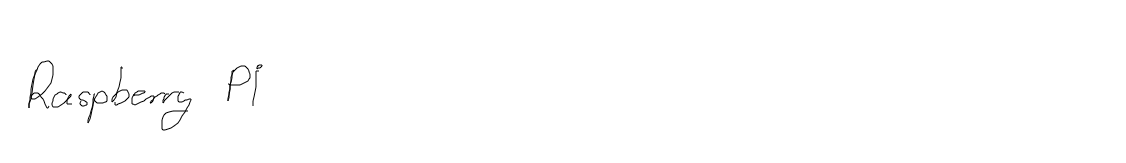
Raspberry Pi